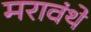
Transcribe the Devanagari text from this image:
मरावंथे